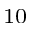
_ { 1 0 }